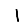
Digit: 1